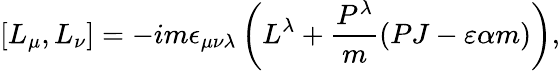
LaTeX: [L_{\mu},L_{\nu}]=-im\epsilon_{\mu\nu\lambda}\left(L^{\lambda}+\frac{P^{\lambda}}{m}(PJ-\varepsilon\alpha m)\right),